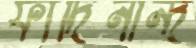
ফার্দিনান্দ